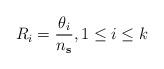
LaTeX: \begin{align*}R_i = \frac{\theta_i}{n_{\mathbf{s}}}, 1\leq i\leq k\end{align*}